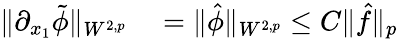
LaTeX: \begin{array}{rl}{\| \partial_{x_{1}}\tilde{\phi}\| _{W^{2,p}}}&{{}=\| \hat{\phi}\| _{W^{2,p}}\leq C\| \hat{f}\| _{p}}\end{array}